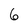
Character: 6